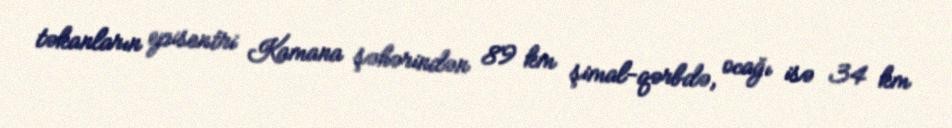
təkanların episentri Kamana şəhərindən 89 km şimal-qərbdə, ocağı isə 34 km